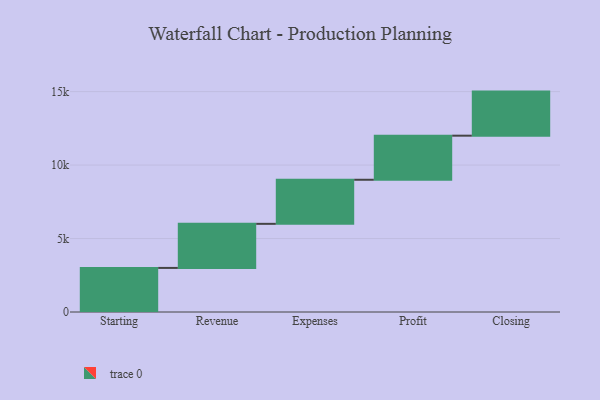
{"axis": {"x": "Step", "y": "Value"}, "legend": [""], "data": [{"x": "Starting", "y": 3000, "type": ""}, {"x": "Revenue", "y": 3000, "type": ""}, {"x": "Expenses", "y": 3000, "type": ""}, {"x": "Profit", "y": 3000, "type": ""}, {"x": "Closing", "y": 3000, "type": ""}]}